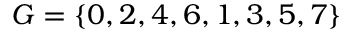
G = \left\{ 0 , 2 , 4 , 6 , 1 , 3 , 5 , 7 \right\}